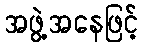
အဖွဲ့အနေဖြင့်